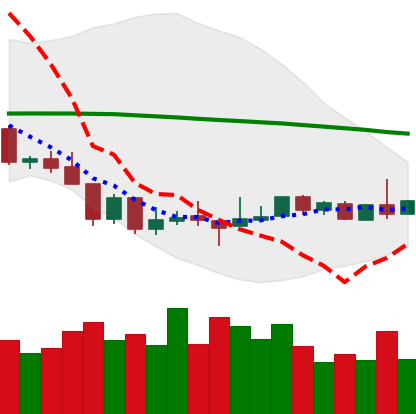
Ticker: BTC-USD
Chart end date: 2018-08-23
Forward return: 8.591%
Label: up_7plus